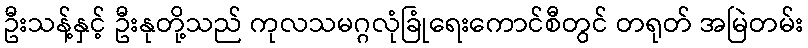
ဦးသန့်နှင့် ဦးနုတို့သည် ကုလသမဂ္ဂလုံခြုံရေးကောင်စီတွင် တရုတ် အမြဲတမ်း